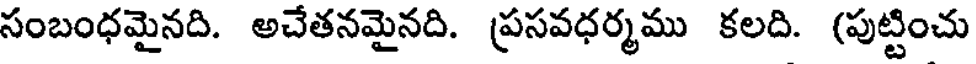
సంబంధమైనది. అచేతనమైనది. ప్రసవధర్మము కలది. (పుట్టించు